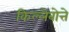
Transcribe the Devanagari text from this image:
किल्लेबोत्ते